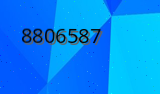
8806587